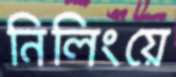
নিলিংয়ে